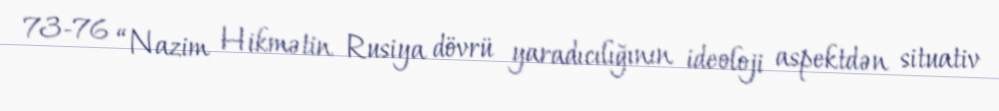
73-76 “Nazim Hikmətin Rusiya dövrü yaradıcılığının ideoloji aspektdən situativ